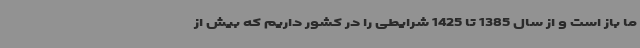
ما باز است و از سال 1385 تا 1425 شرایطی را در کشور داریم که بیش از